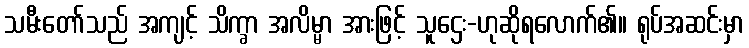
သမီးတော်သည် အကျင့် သိက္ခာ အလိမ္မာ အားဖြင့် သူဌေး-ဟုဆိုရလောက်၏။ ရုပ်အဆင်းမှာ